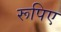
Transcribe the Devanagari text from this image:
रूपिए